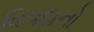
વિપદાનો